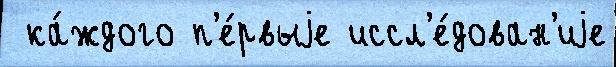
 ка́ждого п'е́рвыjе иссл'е́дован'иjе